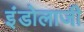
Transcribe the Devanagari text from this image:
इंडोलाजी